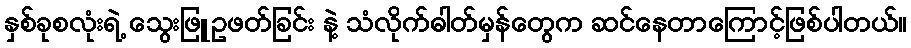
နှစ်ခုစလုံးရဲ့ သွေးဖြူဥဖတ်ခြင်း နဲ့ သံလိုက်ဓါတ်မှန်တွေက ဆင်နေတာကြောင့်ဖြစ်ပါတယ်။